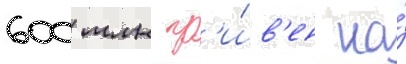
600 млн гр'и́в'ен на́